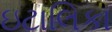
ઇટાલિકા